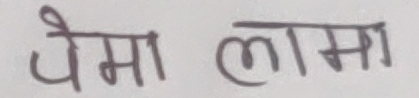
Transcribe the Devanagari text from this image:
पेमा लामा